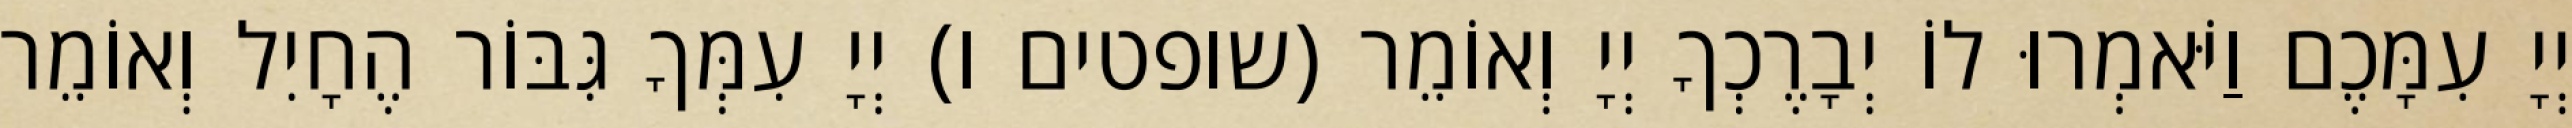
יְיָ עִמָּכֶם וַיֹּאמְרוּ לוֹ יְבָרֶכְךָ יְיָ וְאוֹמֵר (שופטים ו) יְיָ עִמְּךָ גִּבּוֹר הֶחָיִל וְאוֹמֵר